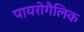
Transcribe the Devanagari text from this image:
पायरोगैलिक